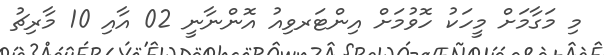
މި މަގާމަށް މީހަކު ހޮވުމަށް އިންޓަރވިއު އޮންނާނީ 02 އާއި 10 މާރިޗު